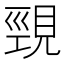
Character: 𮗒